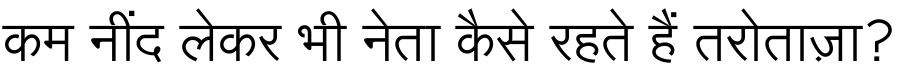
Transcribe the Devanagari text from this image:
कम नींद लेकर भी नेता कैसे रहते हैं तरोताज़ा?